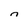
Character: n